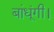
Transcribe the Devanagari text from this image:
बांधूंगी।